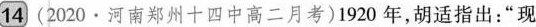
14 (2020·河南郑州十四中高二月考)1920年，胡适指出：”现